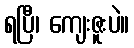
ရပြီ၊ ကျေးဇူးပဲ။